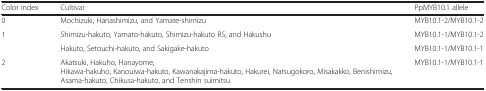
<table><thead><tr><td><b>Color index</b></td><td><b>Cultivar</b></td><td><b>PpMYB10.1 allele</b></td></tr></thead><tbody><tr><td>0</td><td>Mochizuki, Hanashimizu, and Yamate-shimizu</td><td>MYB10.1-2/MYB10.1-2</td></tr><tr><td rowspan="2">1</td><td>Shimizu-hakuto, Yamato-hakuto, Shimizu-hakuto RS, and Hakushu</td><td>MYB10.1-1/MYB10.1-2</td></tr><tr><td>Hakuto, Setouchi-hakuto, and Sakigake-hakuto</td><td>MYB10.1-1/MYB10.1-1</td></tr><tr><td>2</td><td>Akatsuki, Hakuho, Hanayome, Hikawa-hakuho, Kanouiwa-hakuto, Kawanakajima-hakuto, Hakurei, Natsugokoro, Misakakko, Benishimizu, Asama-hakuto, Chikusa-hakuto, and Tenshin suimitsu</td><td>MYB10.1-1/MYB10.1-1</td></tr></tbody></table>